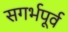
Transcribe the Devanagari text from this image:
सगर्भपूर्व